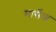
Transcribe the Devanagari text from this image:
मार्सेल्ज